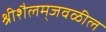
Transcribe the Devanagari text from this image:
श्रीशैलम्‌जवळील